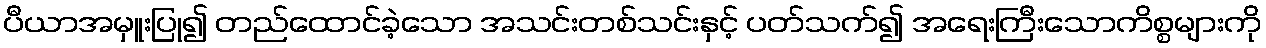
ပီယာအမှူးပြု၍ တည်ထောင်ခဲ့သော အသင်းတစ်သင်းနှင့် ပတ်သက်၍ အရေးကြီးသောကိစ္စများကို